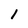
Character: 1